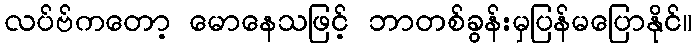
လပ်ဗ်ကတော့ မောနေသဖြင့် ဘာတစ်ခွန်းမှပြန်မပြောနိုင်။